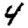
Digit: 4